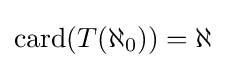
\mathrm {card} (T(\aleph _{0}))=\aleph